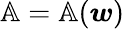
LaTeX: \mathbb{A}=\mathbb{A}(\boldsymbol{w})